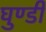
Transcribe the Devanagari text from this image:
घुण्डी